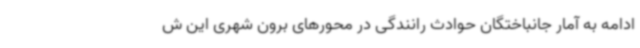
ادامه به آمار جانباختگان حوادث رانندگی در محورهای برون شهری این ش